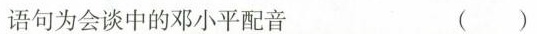
语句为会谈中的邓小平配音 ()